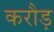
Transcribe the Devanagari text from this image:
करौड़